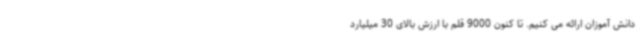
دانش آموزان ارائه می کنیم. تا کنون 9000 قلم با ارزش بالای 30 میلیارد